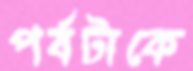
পর্বটাকে